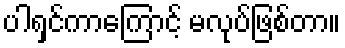
ပါရှင်ကာကြောင့် မလုပ်ဖြစ်တာ။